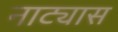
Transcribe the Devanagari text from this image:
नाट्यास